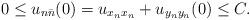
LaTeX: \begin{align*}0 \leq u_{n\bar n}(0) =u_{x_n x_n}+u_{y_n y_n}(0)\leq C.\end{align*}